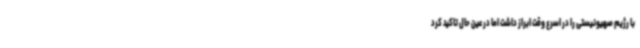
با رژیم صهیونیستی را در اسرع وقت ابراز داشت اما در عین حال تاکید کرد